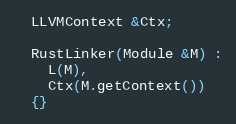
Language: C++
  LLVMContext &Ctx;

  RustLinker(Module &M) :
    L(M),
    Ctx(M.getContext())
  {}